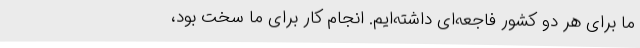
ما برای هر دو کشور فاجعه‌ای داشته‌ایم. انجام کار برای ما سخت بود،